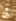
أن